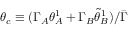
\theta _ { c } \equiv ( \Gamma _ { A } \theta _ { A } ^ { 1 } + \Gamma _ { B } \tilde { \theta } _ { B } ^ { 1 } ) / \bar { \Gamma }